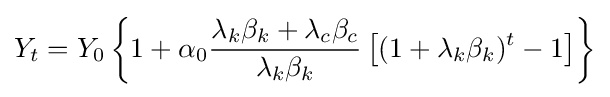
Y_{t}=Y_{0}\left\lbrace 1+\alpha _{0}{\frac {\lambda _{k}\beta _{k}+\lambda _{c}\beta _{c}}{\lambda _{k}\beta _{k}}}\left\lbrack (1+\lambda _{k}\beta _{k})^{t}-1\right\rbrack \right\rbrace